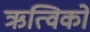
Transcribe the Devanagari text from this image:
ऋत्विकों